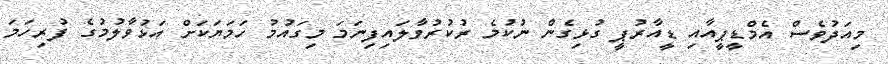
މިއަދުވެސް އެމްޑީޕީއާއި ޑީއާރުޕީ ގުޅިގެން ނުކުމެ ރުކުރުވާލައިފިނަމަ މިގައުމު ހަމަޔަކަށް އަޅުވާލުމުގެ ފުރިހަމަ